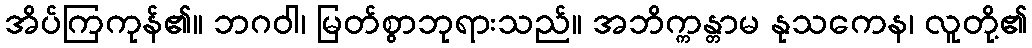
အိပ်ကြကုန်၏။ ဘဂဝါ၊ မြတ်စွာဘုရားသည်။ အဘိက္ကန္တာမ နုသကေန၊ လူတို့၏